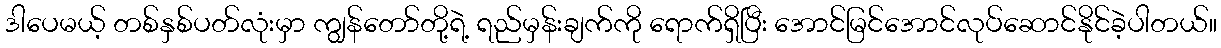
ဒါပေမယ့် တစ်နှစ်ပတ်လုံးမှာ ကျွန်တော်တို့ရဲ့ ရည်မှန်းချက်ကို ရောက်ရှိပြီး အောင်မြင်အောင်လုပ်ဆောင်နိုင်ခဲ့ပါတယ်။